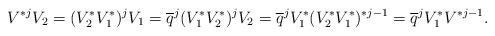
LaTeX: \begin{align*}V^{*j} V_2=(V_2^*V_1^*)^jV_1=\overline q^j(V_1^*V_2^*)^jV_2=\overline q^jV_1^*(V_2^*V_1^*)^{*j-1}=\overline q^j V_1^*V^{* j-1}.\end{align*}